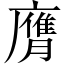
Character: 膺